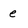
Character: e